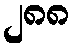
၂၈၈